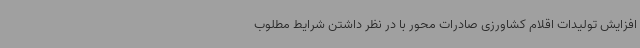
افزایش تولیدات اقلام کشاورزی صادرات محور با در نظر داشتن شرایط مطلوب